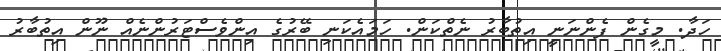
ހަދާ. މީގެން ފެންނަނީ އިތުބާރު ނެތްކަން. ހަމައެކަނި ބޭރުގެ އިންވެސްޓަރުންނެއް ނޫން އިތުބާރު